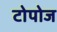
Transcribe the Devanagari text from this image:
टोपोज